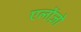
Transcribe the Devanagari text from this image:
एलोंज़ो